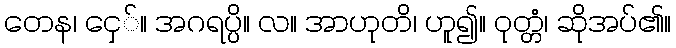
တေန၊ ငှေ်။ အဂရပ္ပိ။ လ။ အာဟုတိ၊ ဟူ၍။ ဝုတ္တံ၊ ဆိုအပ်၏။